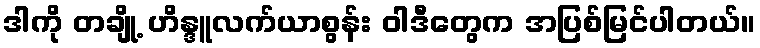
ဒါကို တချို့ ဟိန္ဒူလက်ယာစွန်း ဝါဒီတွေက အပြစ်မြင်ပါတယ်။